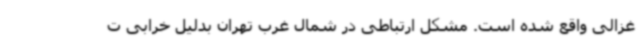
غزالی واقع شده‌ است. مشکل ارتباطی در شمال غرب تهران بدلیل خرابی ت